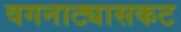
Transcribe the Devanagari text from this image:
वगनाट्यासकट